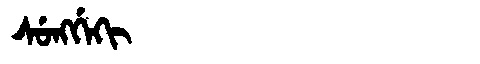
Manchu: ᠰᡠᠩᡤᡝᡴᡳ
Romanization: SUNGGEKI